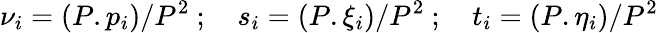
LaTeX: {\nu}_{i}=(P.p_{i})/P^{2}\ ;\quad s_{i}=(P.\xi_{i})/P^{2}\ ;\quad t_{i}=(P.\eta_{i})/P^{2}